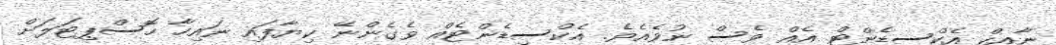
ނާއިކް އެކްސިޑެންޓް އެއް ވެސް ނުވެއެވެ. އެކްސިޑެންޓެއް ވެގެންނޭ ކިޔާފައި ނައިހާ ހޮސްޕިޓަލަށް